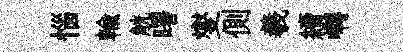
惱輸觥曙燮側羲續囀